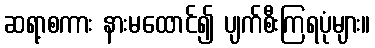
ဆရာ့စကား နားမထောင်၍ ပျက်စီးကြရပုံများ။